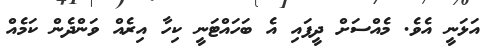
އަޅަނީ އެވެ. މެއްސަށް ދީފައި އެ ބަހައްޓަނީ ކިހާ އިރެއް ވަންދެން ކަމެއް